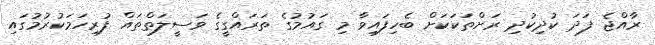
ރާއްޖެ ފަދަ ކުދިކުދި ރަށްތަކަކަށް ބެހިފައިވާ މި ގައުމުގެ ތަރައްގީގެ ވަސީލަތްތައް ފުރިހަމަކުރުމުގައި